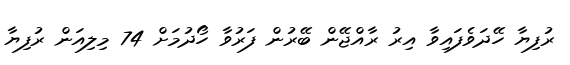
ރުފިޔާ ހޭދަވެފައިވާ އިރު ރާއްޖޭން ބޭރުން ފަރުވާ ހޯދުމަށް 74 މިލިއަން ރުފިޔާ